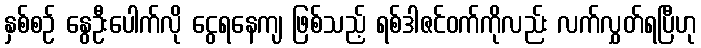
နှစ်စဉ် နွေဦးပေါက်လို ငွေရနေကျ ဖြစ်သည့် ရစ်ဒါဇင်ဝက်ကိုလည်း လက်လွှတ်ရပြီဟု